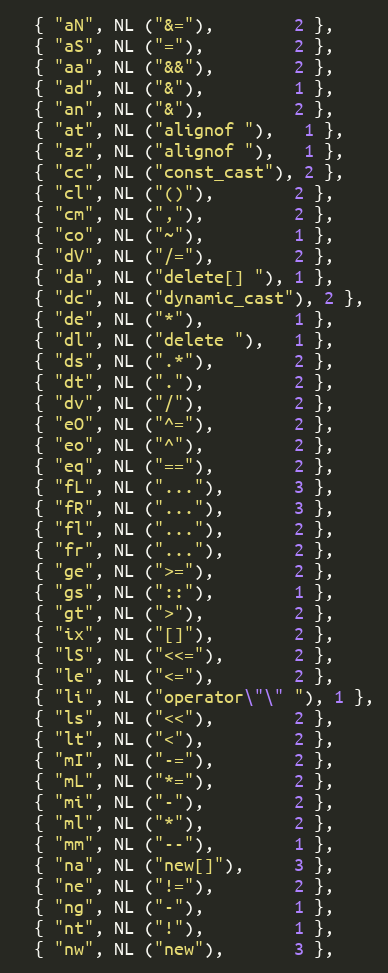
Language: C
  { "aN", NL ("&="),        2 },
  { "aS", NL ("="),         2 },
  { "aa", NL ("&&"),        2 },
  { "ad", NL ("&"),         1 },
  { "an", NL ("&"),         2 },
  { "at", NL ("alignof "),   1 },
  { "az", NL ("alignof "),   1 },
  { "cc", NL ("const_cast"), 2 },
  { "cl", NL ("()"),        2 },
  { "cm", NL (","),         2 },
  { "co", NL ("~"),         1 },
  { "dV", NL ("/="),        2 },
  { "da", NL ("delete[] "), 1 },
  { "dc", NL ("dynamic_cast"), 2 },
  { "de", NL ("*"),         1 },
  { "dl", NL ("delete "),   1 },
  { "ds", NL (".*"),        2 },
  { "dt", NL ("."),         2 },
  { "dv", NL ("/"),         2 },
  { "eO", NL ("^="),        2 },
  { "eo", NL ("^"),         2 },
  { "eq", NL ("=="),        2 },
  { "fL", NL ("..."),       3 },
  { "fR", NL ("..."),       3 },
  { "fl", NL ("..."),       2 },
  { "fr", NL ("..."),       2 },
  { "ge", NL (">="),        2 },
  { "gs", NL ("::"),	    1 },
  { "gt", NL (">"),         2 },
  { "ix", NL ("[]"),        2 },
  { "lS", NL ("<<="),       2 },
  { "le", NL ("<="),        2 },
  { "li", NL ("operator\"\" "), 1 },
  { "ls", NL ("<<"),        2 },
  { "lt", NL ("<"),         2 },
  { "mI", NL ("-="),        2 },
  { "mL", NL ("*="),        2 },
  { "mi", NL ("-"),         2 },
  { "ml", NL ("*"),         2 },
  { "mm", NL ("--"),        1 },
  { "na", NL ("new[]"),     3 },
  { "ne", NL ("!="),        2 },
  { "ng", NL ("-"),         1 },
  { "nt", NL ("!"),         1 },
  { "nw", NL ("new"),       3 },